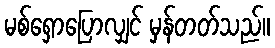
မစ်ရှောပြောလျှင် မှန်တတ်သည်။